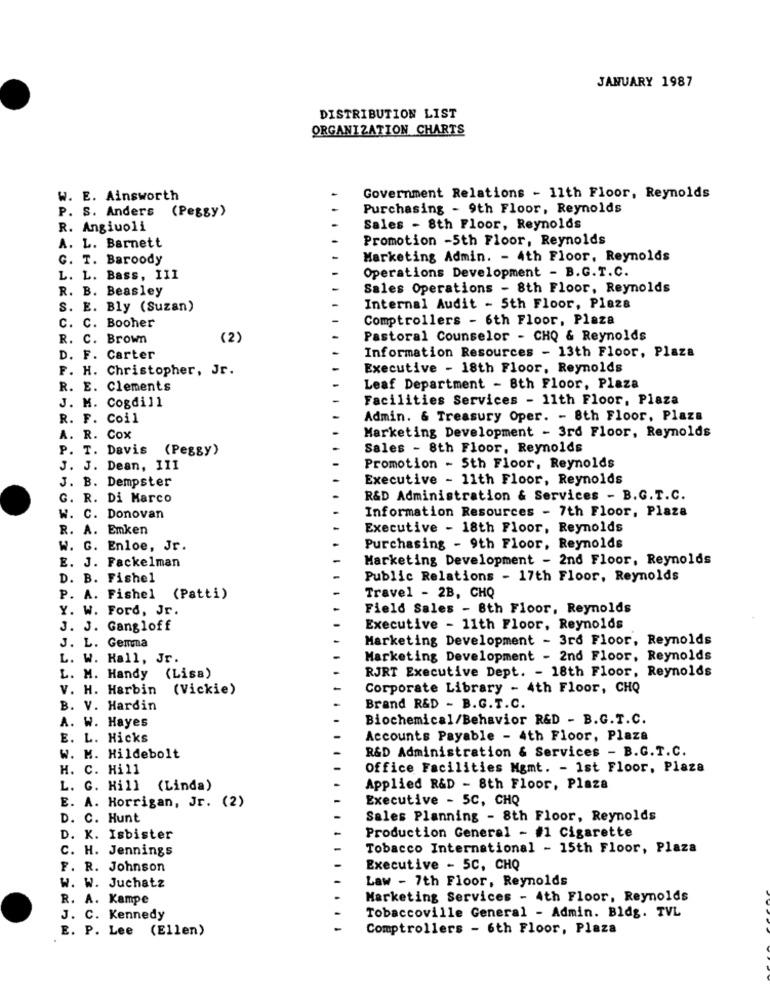
JANUARY 1987
DISTRIBUTION LIST
ORGANIZATION CHARTS
W. E. Ainsworth
Government Relations - 11th Floor, Reynolds
P. S. Anders (Peggy)
Purchasing - 9th Floor, Reynolds
R. Angiuoli
Sales - 8th Floor, Reynolds
Promotion -5th Floor, Reynolds
A. L. Barnett
G. T. Baroody
Marketing Admin. - 4th Floor, Reynolds
Operations Development - B.G.T.C.
L. L. Bass, III
R. B. Beasley
Sales Operations - 8th Floor, Reynolds
S. E. Bly (Suzan)
Internal Audit - 5th Floor, Plaza
Comptrollers - 6th Floor, Plaza
C. C. Booher
R. C. Brown
(2)
Pastoral Counselor - CHQ & Reynolds
Information Resources - 13th Floor, Plaza
D. F. Carter
F. H. Christopher, Jr.
Executive - 18th Floor, Reynolds
R. E. Clements
Leaf Department - 8th Floor, Plaza
J. M. Cogdill
Facilities Services - 11th Floor, Plaza
R. F. Coil
Admin. & Treasury Oper. - 8th Floor, Plaza
Marketing Development - 3rd Floor, Reynolds
A. R. Cox
P. T. Davis
(Peggy)
Sales - 8th Floor. Reynolds
J. J. Dean, III
Promotion - 5th Floor, Reynolds
J. B. Dempster
Executive - 11th Floor, Reynolds
G. R. Di Marco
R&D Administration & Services - B.G.T.C.
Information Resources - 7th Floor, Plaza
W. C. Donovan
R. A. Emken
Executive - 18th Floor, Reynolds
W. G. Enloe, Jr.
Purchasing - 9th Floor, Reynolds
Marketing Development - 2nd Floor, Reynolds
E. J. Fackelman
D. B. Fishel
Public Relations - 17th Floor, Reynolds
P. A. Fishel (Patti)
Travel - 2B, CHQ
Y. W. Ford, Jr.
Field Sales - 8th Floor, Reynolds
J. J. Gangloff
Executive - 11th Floor, Reynolds
J. L. Gemma
Marketing Development - 3rd Floor, Reynolds
L. W. Hall, Jr.
Marketing Development - 2nd Floor, Reynolds
(Lisa)
RJRT Executive Dept. - 18th Floor, Reynolds
L. M. Handy
V. H. Harbin
(Vickie)
Corporate Library - 4th Floor, CHQ
B. V. Hardin
Brand R&D - B.G.T.C.
A. W. Hayes
Biochemical/Behavior R&D - B.G.T.C.
E. L. Hicks
Accounts Payable - 4th Floor, Plaza
R&D Administration & Services - B.G.T.C.
W. M. Hildebolt
H. C. Hill
Office Facilities Mgmt. - 1st Floor, Plaza
L. G. Hill (Linda)
Applied R&D - 8th Floor, Plaza
E. A. Horrigan, Jr. (2)
Executive - 5C, CHQ
D. C. Hunt
Sales Planning - 8th Floor, Reynolds
Production General - #1 Cigarette
D. K. Isbister
C. H. Jennings
Tobacco International - 15th Floor, Plaza
F. R. Johnson
Executive - 5C, CHQ
Law - 7th Floor, Reynolds
w. W. Juchatz
R. A. Kampe
Marketing Services - 4th Floor, Reynolds
J. C. Kennedy
Tobaccoville General - Admin. Bldg. TVL
E. P. Lee (Ellen)
Comptrollers - 6th Floor, Plaza